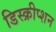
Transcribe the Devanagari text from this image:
डिस्क्रीप्शन